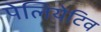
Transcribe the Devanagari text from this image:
पेलियेटिव